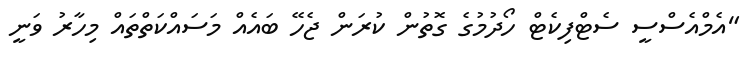
"އެމްއެސްސީ ސެޓްފިކެޓް ހޯދުމުގެ ގޮތުން ކުރަން ޖެހޭ ބައެއް މަސައްކަތްތައް މިހާރު ވަނީ